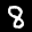
Label: 8